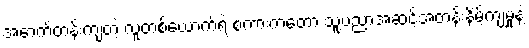
အောက်တန်းကျတဲ့ လူတစ်ယောက်ရဲ့ စကားကတော့ သူ့ပညာအဆင့်အတန်းနိမ့်ကျမှုနဲ့